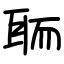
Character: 聏